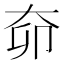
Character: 奅